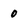
Character: 0